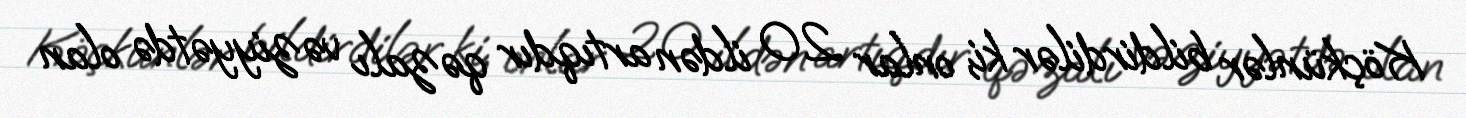
Köçkünlər bildirdilər ki, onlar 20 ildən artıqdır qəzalı vəziyyətdə olan